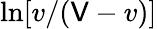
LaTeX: \ln[v/(\mathsf{V}-v)]